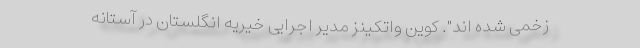
زخمی شده اند". کوین واتکینز مدیر اجرایی خیریه انگلستان در آستانه